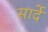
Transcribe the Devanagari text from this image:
सार्दे